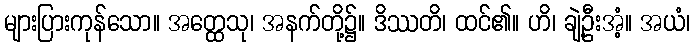
များပြားကုန်သော။ အတ္ထေသု၊ အနက်တို့၌။ ဒိဿတိ၊ ထင်၏။ ဟိ၊ ချဲ့ဦးအံ့။ အယံ၊